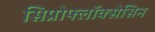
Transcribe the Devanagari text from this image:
सिप्रोफ्लॉक्सेसिन